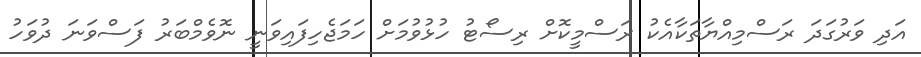
އަދި ވަރުގަދަ ރަސްމިއްޔާތަކާއެކު ރަސްމީކޮށް ރިސޯޓު ހުޅުވުމަށް ހަމަޖެހިފައިވަނީ ނޮވެމްބަރު ފަސްވަނަ ދުވަހު